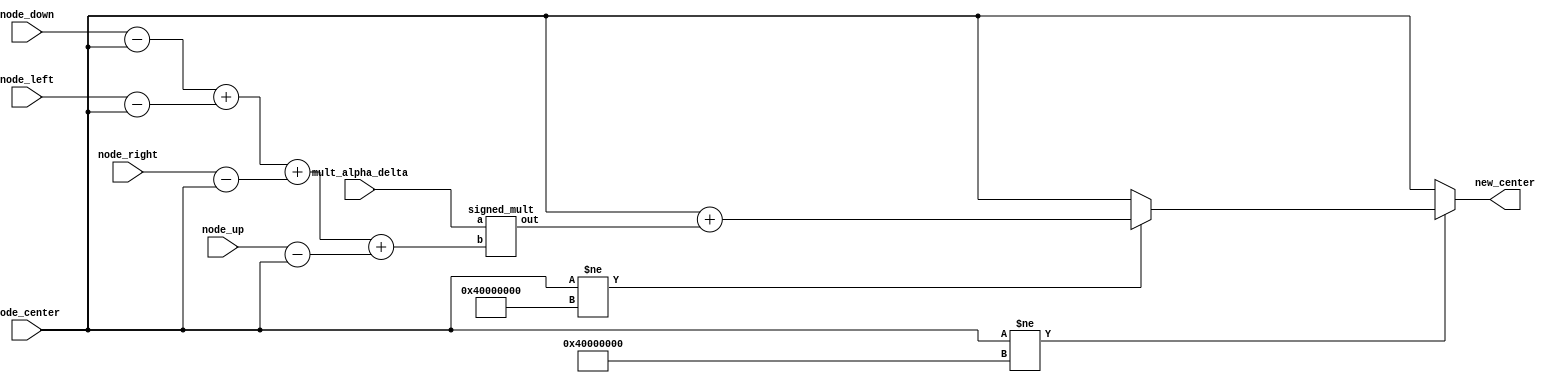
//============================================================
// COMPUTE - finds the center_Grid values value at time t = n + 1 
//============================================================
module compute(node_center, node_up, node_down, node_left, node_right, mult_alpha_delta, new_center);

    // 5.27 Signed Fixed Point 

    input   wire signed [31:0] node_center;
    input   wire signed [31:0] node_up;
    input   wire signed [31:0] node_down;
    input   wire signed [31:0] node_left;
    input   wire signed [31:0] node_right;

    input   wire signed [31:0] mult_alpha_delta;

    output  wire signed [31:0] new_center;

    wire signed [31:0] n_sum_part_1;
    wire signed [31:0] n_sum_part_2;
    wire signed [31:0] n_sum_part_3;
    wire signed [31:0] n_sum_part_4;

    wire signed [31:0] fp_src    = 32'b0_1000_0000_0000_0000_0000_0000_0000_000;	// 8 
    wire signed [31:0] fp_snk    = 32'b1_1000_0000_0000_0000_0000_0000_0000_000;	// -8

    // Add logic to check for value of source/sink before modifying. 

    assign n_sum_part_1 = node_down     - node_center;
    assign n_sum_part_2 = node_left     - node_center;
    assign n_sum_part_3 = node_right    - node_center;
    assign n_sum_part_4 = node_up       - node_center;

            
    wire signed [31:0] n_sum_result;
    assign n_sum_result = n_sum_part_1 + n_sum_part_2 +  n_sum_part_3 + n_sum_part_4;

    wire signed [31:0] n_add;
    signed_mult newval(
            .out (n_add),
            .a   (mult_alpha_delta),
            .b   (n_sum_result)
            );

    assign new_center = node_center != fp_src ? (node_center != fp_snk ? node_center + n_add : node_center) : node_center;
endmodule

//============================================================
// 5.27 Fixed Point Signed Multiplication
//============================================================

module signed_mult(out, a, b);
    output  signed [31:0] out;
    input   signed [31:0] a;
    input  signed [31:0] b;

    // intermediate full bit length 
    wire    signed [63:0] mult_out;
    assign mult_out = a*b;

    assign out = {mult_out[58],mult_out[57:27]} ;
endmodule

//============================================================
// M10K Module Definitions
//============================================================

// M10K Memory block structure: 
// word 1		node 1 = u [ 17:0 ]
// word 2		node 2
// .
// .
// word 256		node 32

module M10K_256_32( 
    output reg [31:0] q,
    input [31:0] d,
    input [7:0] write_address, read_address,
    input we, clk
);
	 // force M10K ram style
    reg [31:0] mem [255:0]  /* synthesis ramstyle = "no_rw_check, M10K" */;
	 
    always @ (posedge clk) begin
        if (we) begin
            mem[write_address] <= d;
        end
        q <= mem[read_address]; // q doesn't get d in this clock cycle
    end
endmodule


// module M10K_1000_8( 
//     output reg [7:0] q,
//     input [7:0] d,
//     input [9:0] write_address, read_address,
//     input we, clk
// );
// 	 // force M10K ram style
//     reg [7:0] mem [999:0]  /* synthesis ramstyle = "no_rw_check, M10K" */;
	 
//     always @ (posedge clk) begin
//         if (we) begin
//             mem[write_address] <= d;
//         end
//         q <= mem[read_address]; // q doesn't get d in this clock cycle
//     end
// endmodule